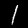
Digit: 1